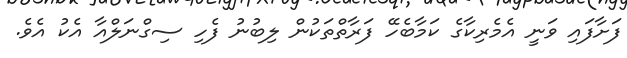
ފަށާފައި ވަނީ އެމެރިކާގެ ކަމާބެހޭ ފަރާތްތަކުން ލިބުނު ފެހި ސިގްނަލްއާ އެކު އެވެ.